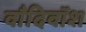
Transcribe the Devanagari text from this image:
वाँदिवॉश